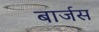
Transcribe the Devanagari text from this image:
बार्जस